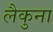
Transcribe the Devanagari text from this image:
लैकुना